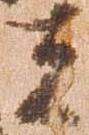
者